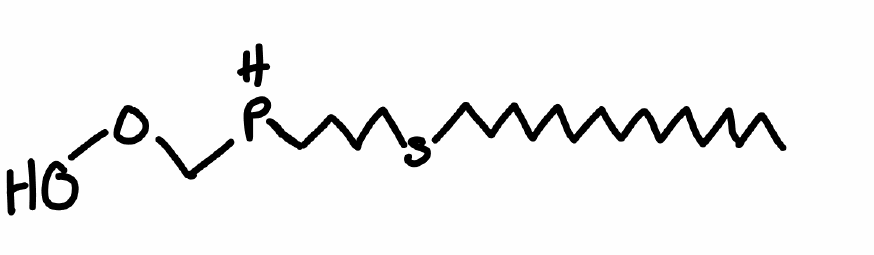
Simplified molecular-input line-entry system (SMILES) notation of the given molecule:
CCCCCCCCCCCCCCCCSCCCCPCOO